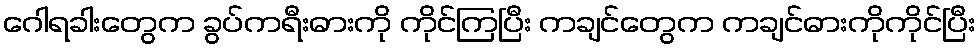
ဂေါရခါးတွေက ခွပ်ကရီးဓားကို ကိုင်ကြပြီး ကချင်တွေက ကချင်ဓားကိုကိုင်ပြီး